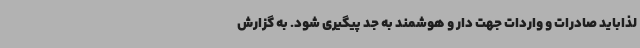
لذاباید صادرات و واردات جهت دار و هوشمند به جد پیگیری شود. به گزارش